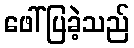
ဖေါ်ပြခဲ့သည်